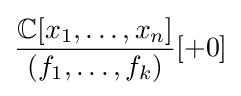
{\frac {\mathbb {C} [x_{1},\ldots ,x_{n}]}{(f_{1},\ldots ,f_{k})}}[+0]